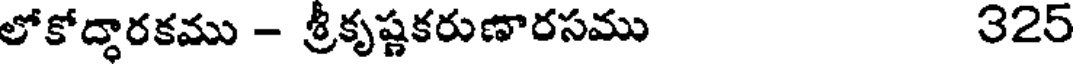
లోకోద్ధారకము - శ్రీకృష్ణకరుణారసము 325